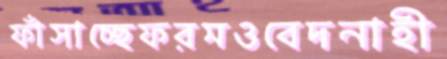
ফাঁসাচ্ছেফরমওবেদনাহী